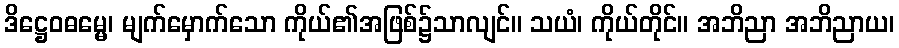
ဒိဋ္ဌေဝဓမ္မေ၊ မျက်မှောက်သော ကိုယ်၏အဖြစ်၌သာလျင်။ သယံ၊ ကိုယ်တိုင်။ အဘိညာ အဘိညာယ၊